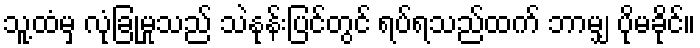
သူ့ထံမှ လုံခြုံမှုသည် သဲနုန်းပြင်တွင် ရပ်ရသည်ထက် ဘာမျှ ပိုမခိုင်။